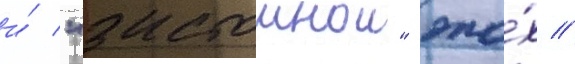
и́ "застоинои" эпо́х //